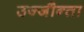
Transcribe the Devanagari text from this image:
उज्‍जौन्ता